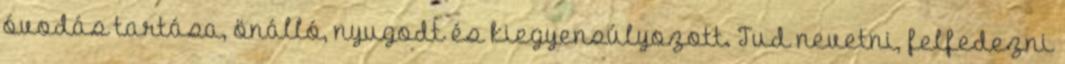
óvodás tartása, önálló, nyugodt és kiegyensúlyozott. Tud nevetni, felfedezni